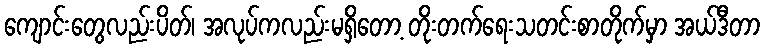
ကျောင်းတွေလည်းပိတ်၊ အလုပ်ကလည်းမရှိတော့ တိုးတက်ရေးသတင်းစာတိုက်မှာ အယ်ဒီတာ